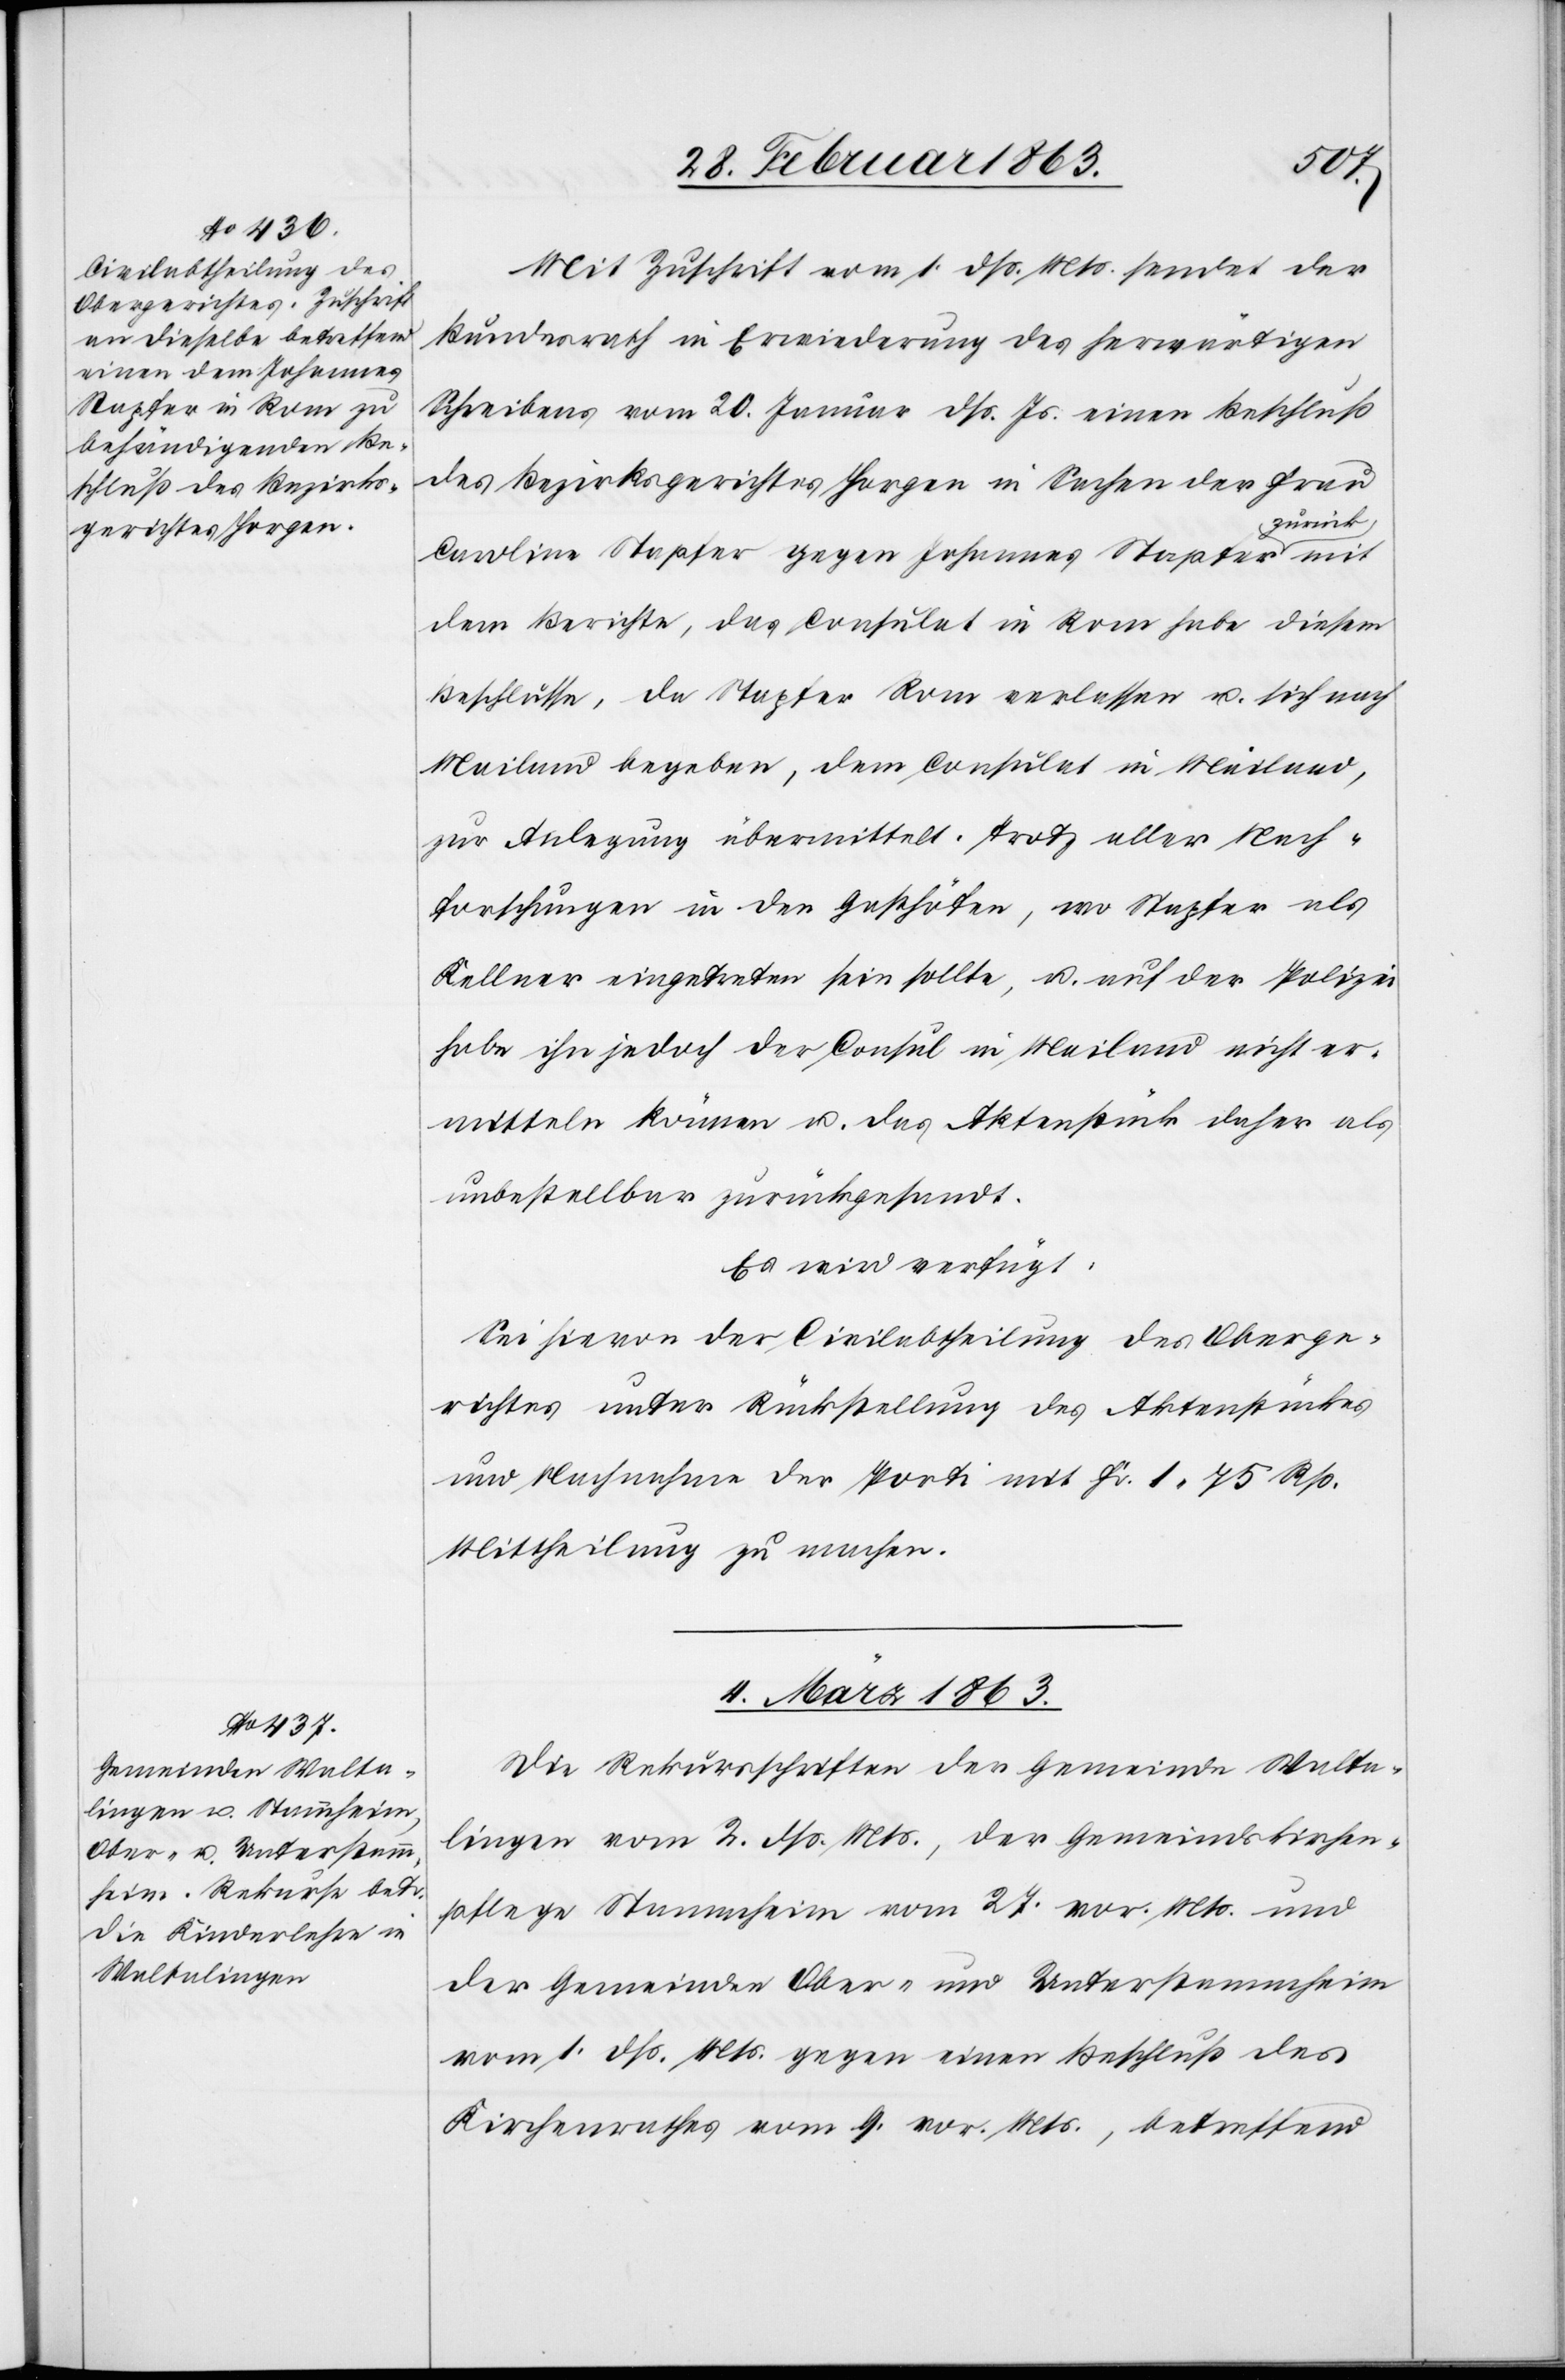
mit
Mit Zuschrift vom 1. dß. Mts. sendet der
Bundesrath in Erwiederung des herwärtigen
Schreibens vom 20. Januar dß. Js. einen Beschluß
des Bezirksgerichtes Horgen in Sachen der Frau
zurück
Carolina Stapfer gegen Johannes Stapfer
dem Berichte, das Consulat in Rom habe diesem
Beschlusse, da Stapfer Rom verlassen u. sich nach
Mailand begeben, dem Consulat in Mailand,
zur Anlegung übermittelt. Trotz aller Nach¬
forschungen in den Gasthöfen, wo Stapfer als
Kellner eingetreten sein sollte, u. auf der Polizei
habe ihn jedoch der Consul in Mailand nicht er¬
mitteln können u. das Aktenstück daher als
unbestellbar zurückgesandt.
Es wird verfügt:
Sei hievon der Civilabtheilung des Oberge¬
richtes unter Rückstellung des Aktenstückes
und Nachnahme der Porti mit Fr. 1. 75 Rp.
Mittheilung zu machen.
4. März 1863.
Die Rekursschriften der Gemeinde Walta¬
lingen vom 2. dß. Mts., der Gemeindskirchen¬
pflege Stammheim vom 27. vor. Mts. und
der Gemeinden Ober- und Unterstammheim
vom 1. dß. Mts. gegen einen Beschluß des
Kirchenrathes vom 9. vor. Mts., betreffend